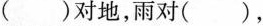
( )对地，雨对( )，